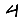
Digit: 4